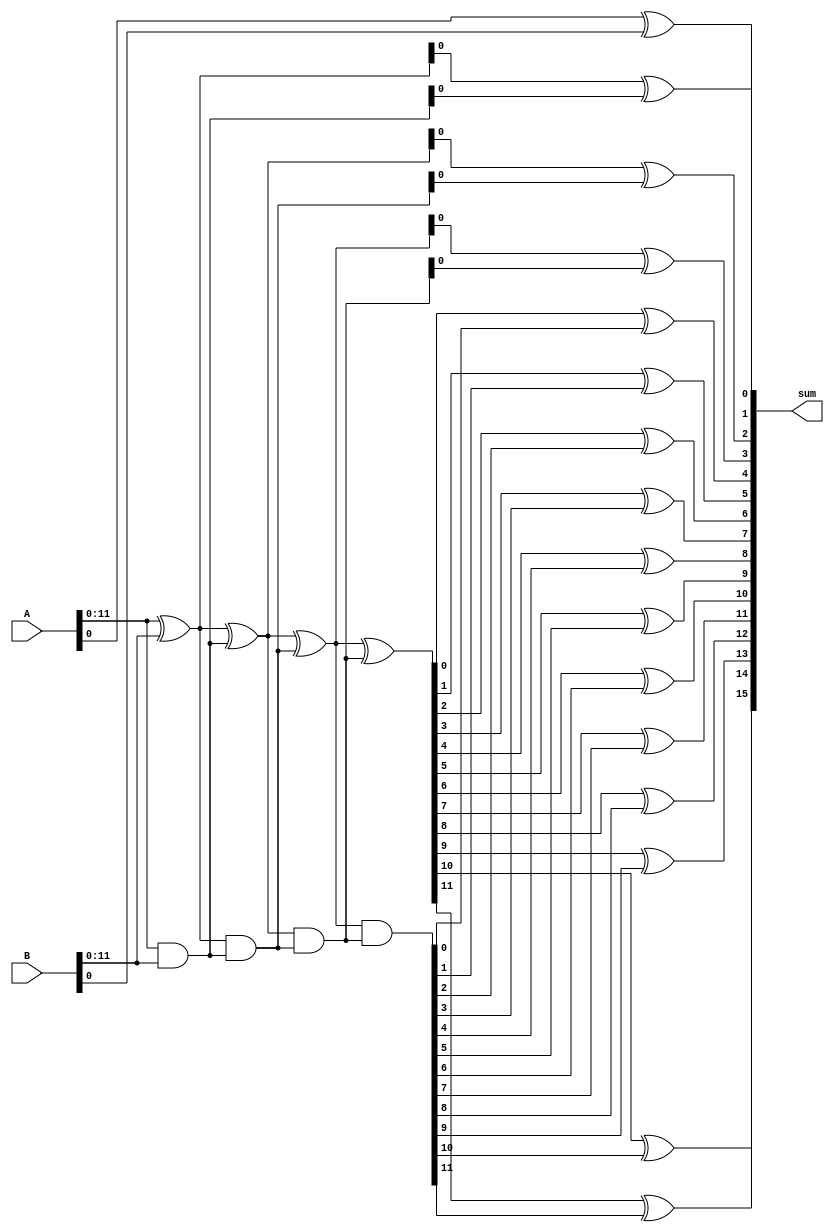
module brent_kung_adder(
    input [15:0] A, B,
    output reg [15:0] sum
);

reg [15:0] p [3:0]; 
reg [15:0] g [3:0];

always @(*) begin
    p[0] = A ^ B;
    g[0] = A & B;
    p[1] = p[0] ^ g[0];
    g[1] = p[0] & g[0];
    p[2] = p[1] ^ g[1];
    g[2] = p[1] & g[1];
    p[3] = p[2] ^ g[2];
    g[3] = p[2] & g[2];
end

always @(*) begin
    sum[0] = A[0] ^ B[0];
    sum[1] = p[0][0] ^ g[0][0];
    sum[2] = p[1][0] ^ g[1][0];
    sum[3] = p[2][0] ^ g[2][0];
    sum[4] = p[3][0] ^ g[3][0];
    sum[5] = p[3][1] ^ g[3][1];
    sum[6] = p[3][2] ^ g[3][2];
    sum[7] = p[3][3] ^ g[3][3];
    sum[8] = p[3][4] ^ g[3][4];
    sum[9] = p[3][5] ^ g[3][5];
    sum[10] = p[3][6] ^ g[3][6];
    sum[11] = p[3][7] ^ g[3][7];
    sum[12] = p[3][8] ^ g[3][8];
    sum[13] = p[3][9] ^ g[3][9];
    sum[14] = p[3][10] ^ g[3][10];
    sum[15] = p[3][11] ^ g[3][11];
end

endmodule